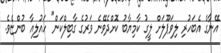
އޭނާގެ އެބަހުރި ލިވަޕޫލަށް ލީގު ކާމިޔާބު ކޮށްދެވޭނެ ވަރުގެ ގާބިލްކަން" ހައުލިއާ ބުންޏެވެ.